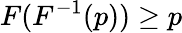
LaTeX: F(F^{-1}(p))\geq p